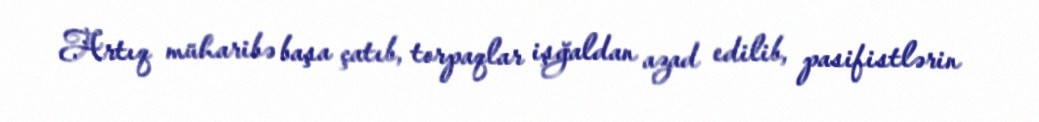
Artıq müharibə başa çatıb, torpaqlar işğaldan azad edilib, pasifistlərin